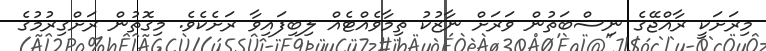
މިރަށަކީ ރާއްޖޭގެ ނިސްބަތުން ވަރަށް ނާޒުކު ތިމާވެއްޓެއް ލިބިފައިވާ ރަށެކެވެ. މިގޮތުން ރަށްގިރުމުގެ